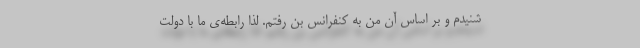
شنیدم و بر اساس آن من به کنفرانس بن رفتم. لذا رابطه‌ی ما با دولت